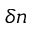
\delta n